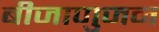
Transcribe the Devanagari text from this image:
बीजाणुजन